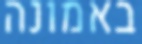
באמונה